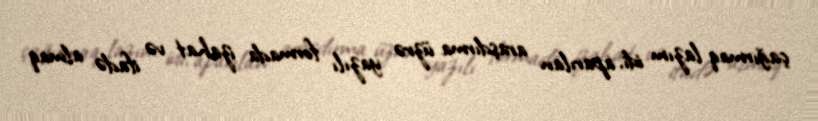
çağırmaq lazım idi, aparılan araşdırma üzrə yazılı formada izahat və ifadə almaq